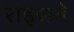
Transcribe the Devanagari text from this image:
राइसने